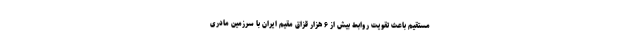
مستقیم باعث تقویت روابط بیش از ۶ هزار قزاق مقیم ایران با سرزمین مادری